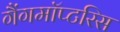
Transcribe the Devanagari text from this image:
गैंगमॉप्टरिस